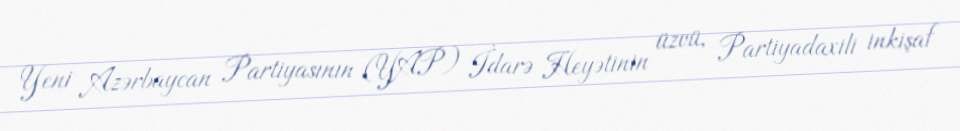
Yeni Azərbaycan Partiyasının (YAP) İdarə Heyətinin üzvü, Partiyadaxili inkişaf